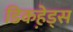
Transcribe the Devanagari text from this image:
डिकहे़ड्स